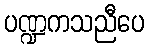
ပဏ္ဍကသညီပေ